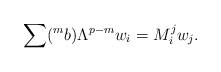
LaTeX: \begin{align*}\sum({^mb})\Lambda ^{p-m}w_i=M_i^jw_j.\end{align*}